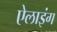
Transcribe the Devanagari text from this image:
ऐलाइंग